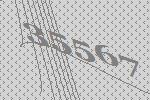
35567